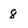
Character: 8